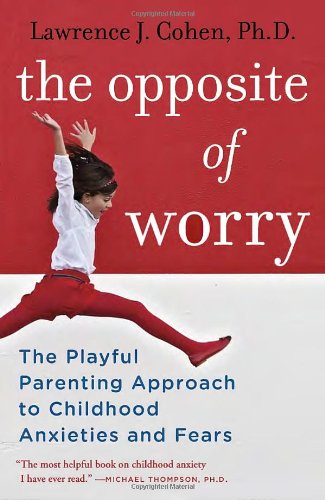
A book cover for The Opposite of Worry: The Playful Parenting Approach to Childhood Anxieties and Fears; Lawrence J. Cohen; Self-Help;